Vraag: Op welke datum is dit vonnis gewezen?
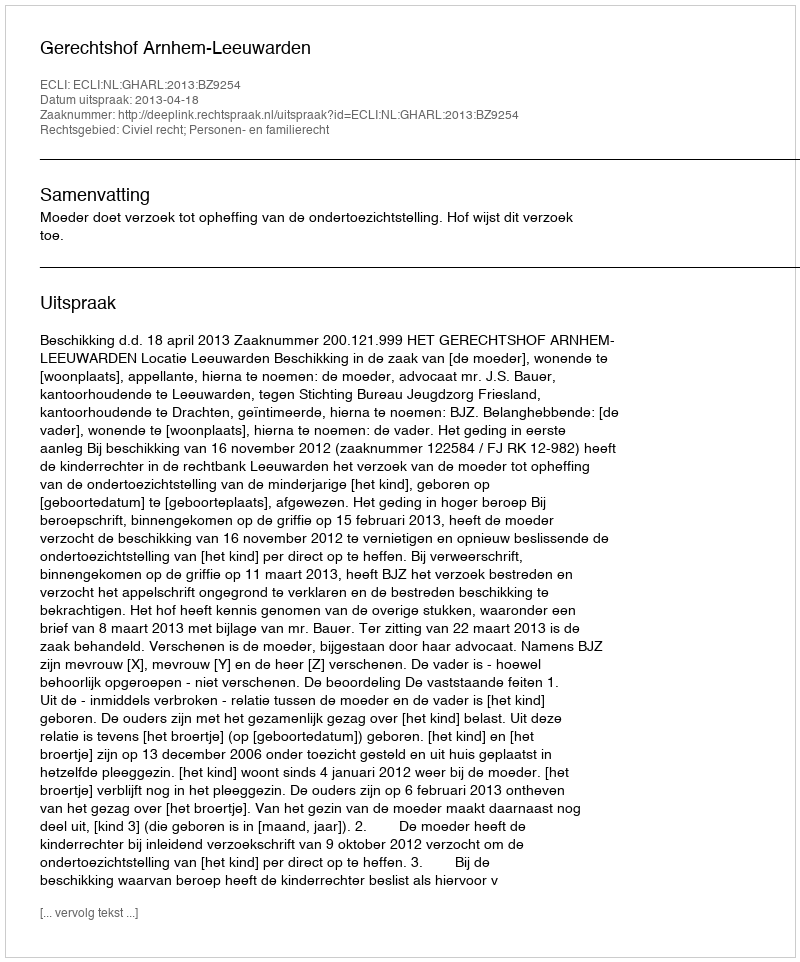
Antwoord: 2013-04-18